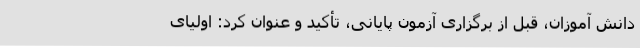
دانش آموزان، قبل از برگزاری آزمون پایانی، تأکید و عنوان کرد: اولیای